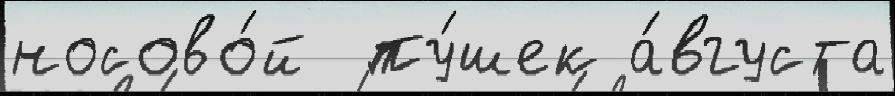
носово́й  пу́шек а́вгуста